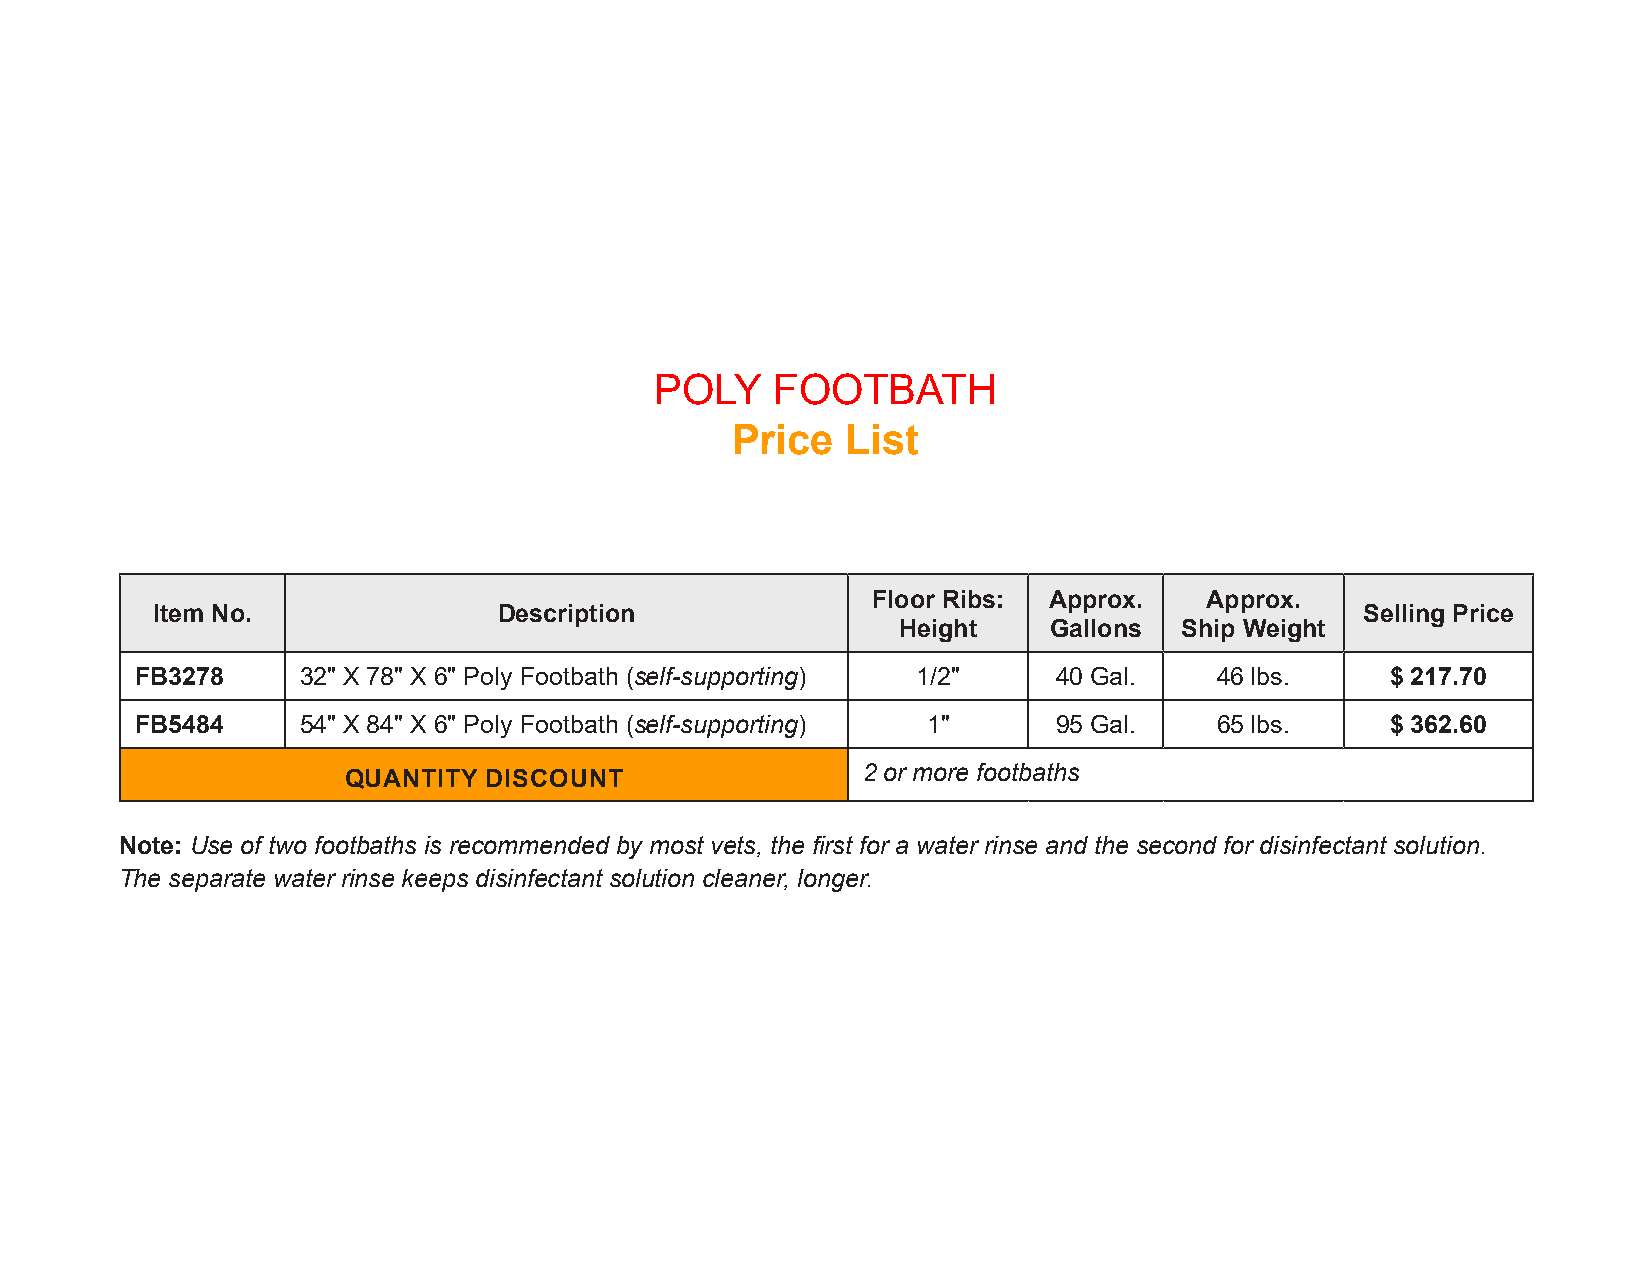
POLY    FOOTBATH
 Price   List
 Floor Ribs: Approx.   Approx.
 Item No.               Description                                              Selling Price
 Height    Gallons  Ship Weight
 FB3278     32" X 78" X 6" Poly Footbath (self-supporting) 1/2" 40 Gal.  46 lbs.    $ 217.70
 FB5484     54" X 84" X 6" Poly Footbath (self-supporting) 1" 95 Gal.    65 lbs.    $ 362.60
 2 or more footbaths
 QUANTITY DISCOUNT
 Note: Use of two footbaths is recommended by most vets, the first for a water rinse and the second for disinfectant solution.
 The separate water rinse keeps disinfectant solution cleaner, longer.